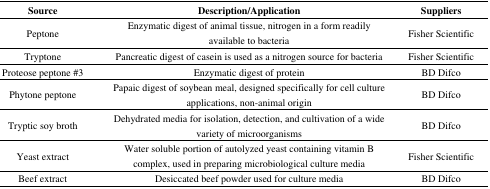
<table><thead><tr><td><b>Source</b></td><td><b>Description/Application</b></td><td><b>Suppliers</b></td></tr></thead><tbody><tr><td>Peptone</td><td>Enzymatic digest of animal tissue, nitrogen in a form readily available to bacteria</td><td>Fisher Scientific</td></tr><tr><td>Tryptone</td><td>Pancreatic digest of casein is used as a nitrogen source for bacteria</td><td>Fisher Scientific</td></tr><tr><td>Proteose peptone #3</td><td>Enzymatic digest of protein</td><td>BD Difco</td></tr><tr><td>Phytone peptone</td><td>Papaic digest of soybean meal, designed specifically for cell culture applications, non-animal origin</td><td>BD Difco</td></tr><tr><td>Tryptic soy broth</td><td>Dehydrated media for isolation, detection, and cultivation of a wide variety of microorganisms</td><td>BD Difco</td></tr><tr><td>Yeast extract</td><td>Water soluble portion of autolyzed yeast containing vitamin B complex, used in preparing microbiological culture media</td><td>Fisher Scientific</td></tr><tr><td>Beef extract</td><td>Desiccated beef powder used for culture media</td><td>BD Difco</td></tr></tbody></table>